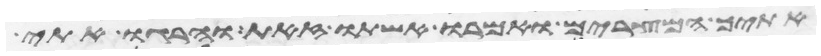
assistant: אתיך המצרים ואמרו אשתו זאת והרגו אתי